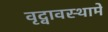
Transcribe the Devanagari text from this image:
वृद्वावस्थामें